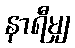
နာရီမျှ